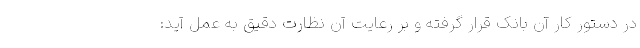
در دستور کار آن بانک قرار گرفته و بر رعایت آن نظارت دقیق به عمل آید: